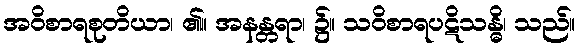
အဝိစာရစုတိယာ၊ ၏။ အနန္တရာ၊ ၌။ သဝိစာရပဋိသန္ဓိ၊ သည်။